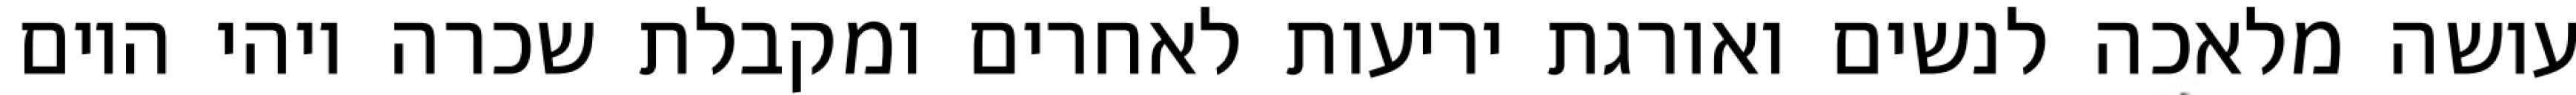
עושה מלאכה לנשים ואורגת יריעות לאחרים ומקבלת שכרה ויהי היום